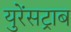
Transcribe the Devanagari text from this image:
युरेंसट्राब